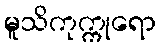
မူသိကုက္ကုရော